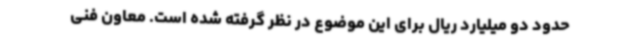
حدود دو میلیارد ریال برای این موضوع در نظر گرفته شده است. معاون فنی